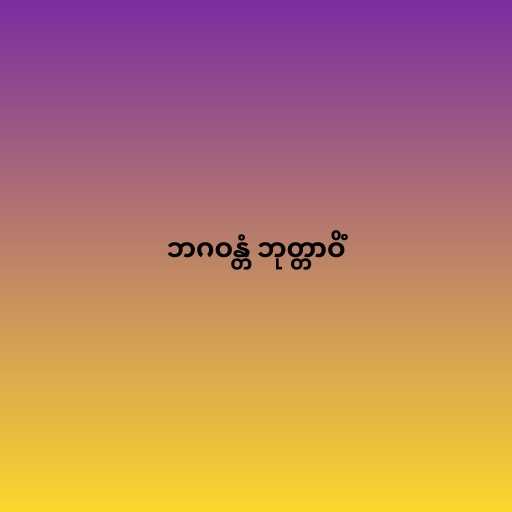
ဘဂဝန္တံ ဘုတ္တာဝိံ